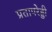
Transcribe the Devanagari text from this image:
प्रतापरेड्डी